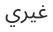
غيري